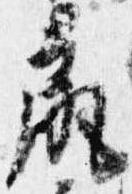
尻